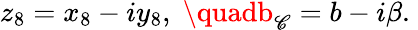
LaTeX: z_{8}=x_{8}-iy_{8},\; \quadb_{\mathscr{C}}=b-i\beta.\;